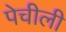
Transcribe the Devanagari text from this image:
पेचीली